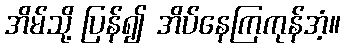
အိမ်သို့ ပြန်၍ အိပ်နေကြကုန်အံ့။